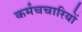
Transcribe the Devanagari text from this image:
कर्मचचारियों